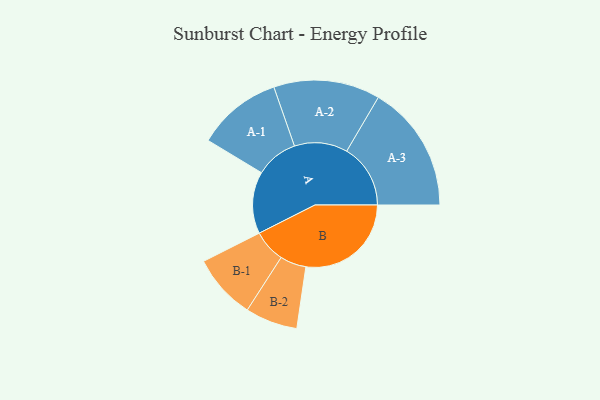
{"axis": {"x": "Segment", "y": "Value"}, "legend": ["", "A", "B"], "data": [{"x": "A", "y": 282, "type": ""}, {"x": "B", "y": 479, "type": ""}, {"x": "A-1", "y": 193, "type": "A"}, {"x": "A-2", "y": 242, "type": "A"}, {"x": "A-3", "y": 290, "type": "A"}, {"x": "B-1", "y": 148, "type": "B"}, {"x": "B-2", "y": 119, "type": "B"}]}